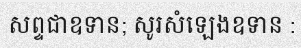
សព្ទជាឧទាន; សូរសំឡេងឧទាន :